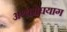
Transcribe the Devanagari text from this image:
अश्वमेघयाग